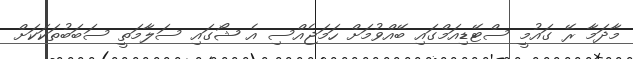
މާދަމާ ރޭ ގައުމީ ސްޓޭޑިއަމްގައި ބޭއްވުމަށް ހަމަޖެއްސި އެ ޝޯގައި ސަލާމަތީ ސަބަބުތަކަކަށް